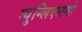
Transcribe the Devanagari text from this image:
ग्युग्लिएलमो